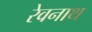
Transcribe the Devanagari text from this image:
रेवनाथ